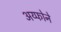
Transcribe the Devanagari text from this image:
अय्फोने